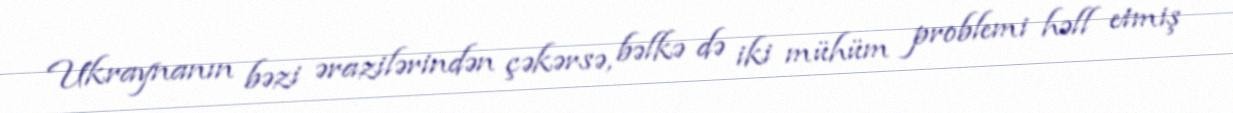
Ukraynanın bəzi ərazilərindən çəkərsə, bəlkə də iki mühüm problemi həll etmiş